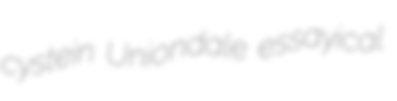
cystein Uniondale essayical